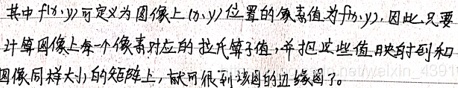
其中\(f(x,y)\)可定义为图像上\((x,y)\)位置的像素值为\(f(x,y)\)。因此，只要计算图像上每个像素对应的拉氏算子值，并把这些值映射到和图像同样大小的矩阵上，就可得到该图的边缘图了。